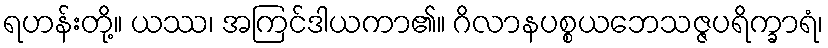
ရဟန်းတို့။ ယဿ၊ အကြင်ဒါယကာ၏။ ဂိလာနပစ္စယဘေသဇ္ဇပရိက္ခာရံ၊